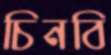
চিনবি